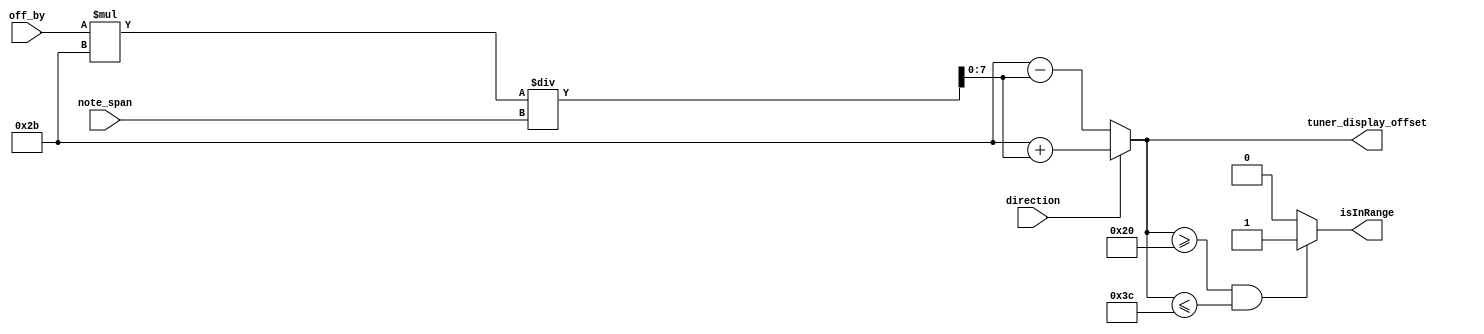
`timescale 1ns / 1ps
//////////////////////////////////////////////////////////////////////////////////
// Company: 
// Engineer: 
// 
// Design Name: 
// Module Name: tuner
// Project Name: 
// Target Devices: 
// Tool Versions: 
// Description: 
// 
// Dependencies: 
// 
// Revision:
// Revision 0.01 - File Created
// Additional Comments:
// 
//////////////////////////////////////////////////////////////////////////////////


module tuner(input[31:0] note_span,input direction, input[31:0] off_by,output [7:0] tuner_display_offset, output isInRange 

    );
    //direction 0 means negative, 1 is positive
    assign tuner_display_offset = (direction == 0)?43 - (off_by * 43 / note_span):43 + (off_by * 43 / note_span);
    assign isInRange = (tuner_display_offset >= 32 && tuner_display_offset <= 60)? 1 : 0;
endmodule